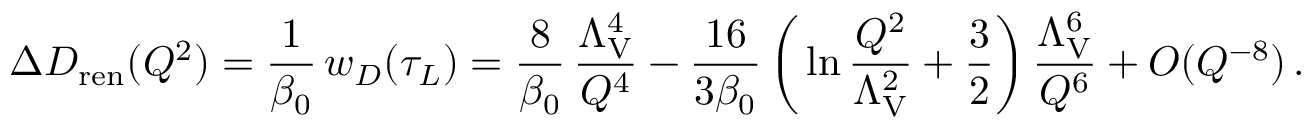
\Delta D _ { \mathrm { r e n } } ( Q ^ { 2 } ) = { \frac { 1 } { \beta _ { 0 } } } \, w _ { D } ( \tau _ { L } ) = { \frac { 8 } { \beta _ { 0 } } } \, { \frac { \Lambda _ { \mathrm { V } } ^ { 4 } } { Q ^ { 4 } } } - { \frac { 1 6 } { 3 \beta _ { 0 } } } \, \bigg ( \ln { \frac { Q ^ { 2 } } { \Lambda _ { \mathrm { V } } ^ { 2 } } } + { \frac { 3 } { 2 } } \bigg ) \, { \frac { \Lambda _ { \mathrm { V } } ^ { 6 } } { Q ^ { 6 } } } + O ( Q ^ { - 8 } ) \, .